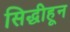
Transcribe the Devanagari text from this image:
सिद्धीहून